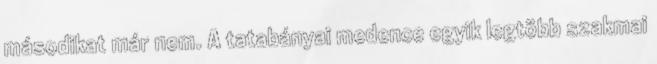
másodikat már nem. A tatabányai medence egyik legtöbb szakmai